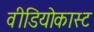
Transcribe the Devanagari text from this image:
वीडियोकास्ट